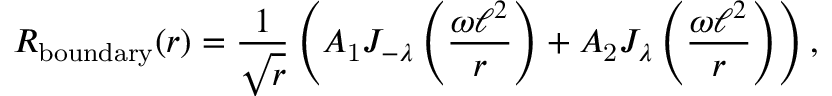
R _ { \mathrm { b o u n d a r y } } ( r ) = \frac { 1 } { \sqrt { r } } \left( A _ { \mathrm { 1 } } J _ { - \lambda } \left( \frac { \omega \ell ^ { 2 } } { r } \right) + A _ { \mathrm { 2 } } J _ { \lambda } \left( \frac { \omega \ell ^ { 2 } } { r } \right) \right) ,